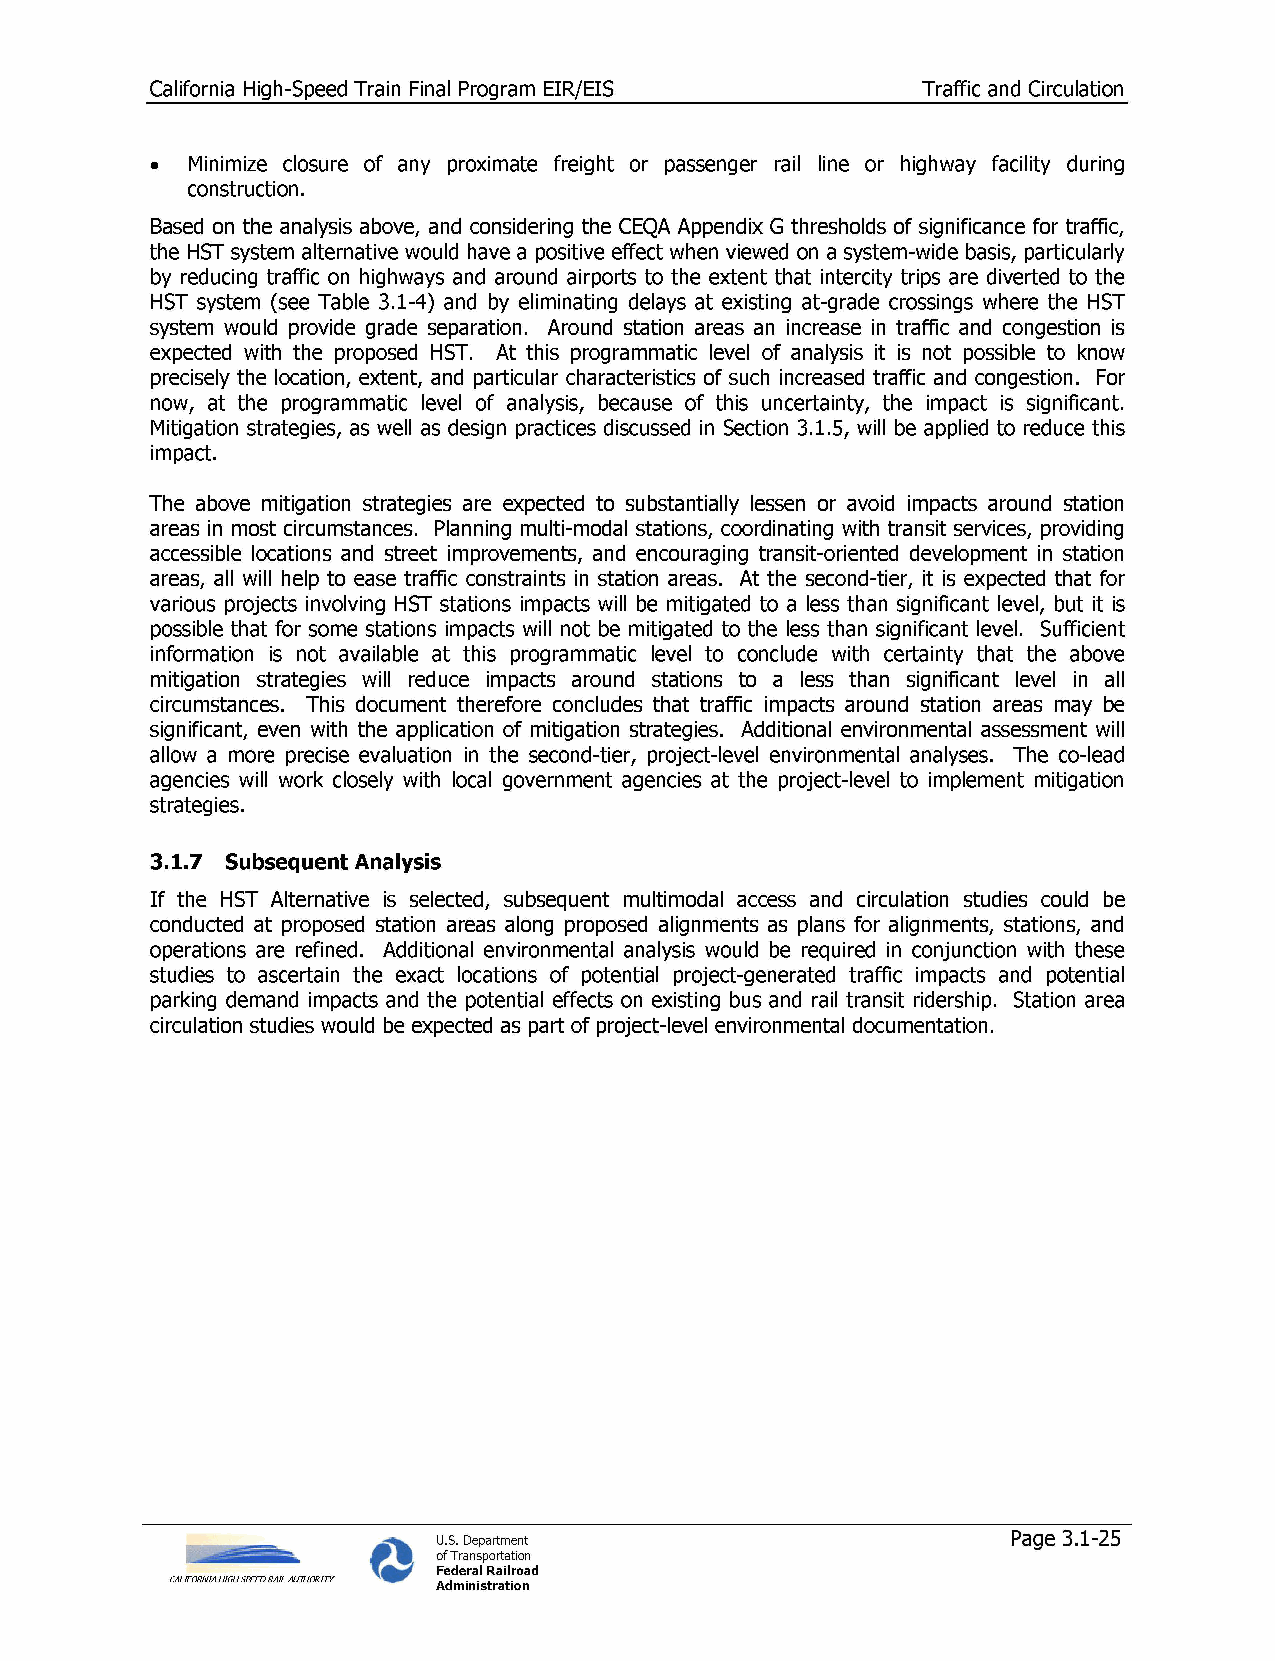
California High-Speed Train Final Program EIR/EIS  Traffic and Circulation
 •  Minimize closure of any proximate freight or passenger rail line or highway facility during
 construction.
 Based on the analysis above, and considering the CEQA Appendix G thresholds of significance for traffic,
 the HST system alternative would have a positive effect when viewed on a system-wide basis, particularly
 by reducing traffic on highways and around airports to the extent that intercity trips are diverted to the
 HST system (see Table 3.1-4) and by eliminating delays at existing at-grade crossings where the HST
 system would provide grade separation. Around station areas an increase in traffic and congestion is
 expected with the proposed HST. At this programmatic level of analysis it is not possible to know
 precisely the location, extent, and particular characteristics of such increased traffic and congestion. For
 now, at the programmatic level of analysis, because of this uncertainty, the impact is significant.
 Mitigation strategies, as well as design practices discussed in Section 3.1.5, will be applied to reduce this
 impact.
 The above mitigation strategies are expected to substantially lessen or avoid impacts around station
 areas in most circumstances. Planning multi-modal stations, coordinating with transit services, providing
 accessible locations and street improvements, and encouraging transit-oriented development in station
 areas, all will help to ease traffic constraints in station areas. At the second-tier, it is expected that for
 various projects involving HST stations impacts will be mitigated to a less than significant level, but it is
 possible that for some stations impacts will not be mitigated to the less than significant level. Sufficient
 information is not available at this programmatic level to conclude with certainty that the above
 mitigation strategies will reduce impacts around stations to a less than significant level in all
 circumstances. This document therefore concludes that traffic impacts around station areas may be
 significant, even with the application of mitigation strategies. Additional environmental assessment will
 allow a more precise evaluation in the second-tier, project-level environmental analyses. The co-lead
 agencies will work closely with local government agencies at the project-level to implement mitigation
 strategies.
 3.1.7 Subsequent Analysis
 If the HST Alternative is selected, subsequent multimodal access and circulation studies could be
 conducted at proposed station areas along proposed alignments as plans for alignments, stations, and
 operations are refined. Additional environmental analysis would be required in conjunction with these
 studies to ascertain the exact locations of potential project-generated traffic impacts and potential
 parking demand impacts and the potential effects on existing bus and rail transit ridership. Station area
 circulation studies would be expected as part of project-level environmental documentation.
 U.S. Department                       Page 3.1-25
 of Transportation
 Federal Railroad
 CALIFORNIA HIGH SPEED RAIL AUTHORITY Administration